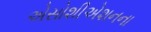
એસોશીએશનના